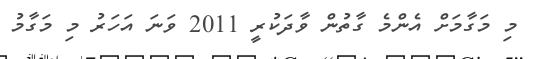
މި މަގާމަށް އެންމެ ގާތުން ވާދަކުރީ 2011 ވަނަ އަހަރު މި މަގާމު